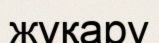
жұқару